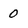
Character: 0